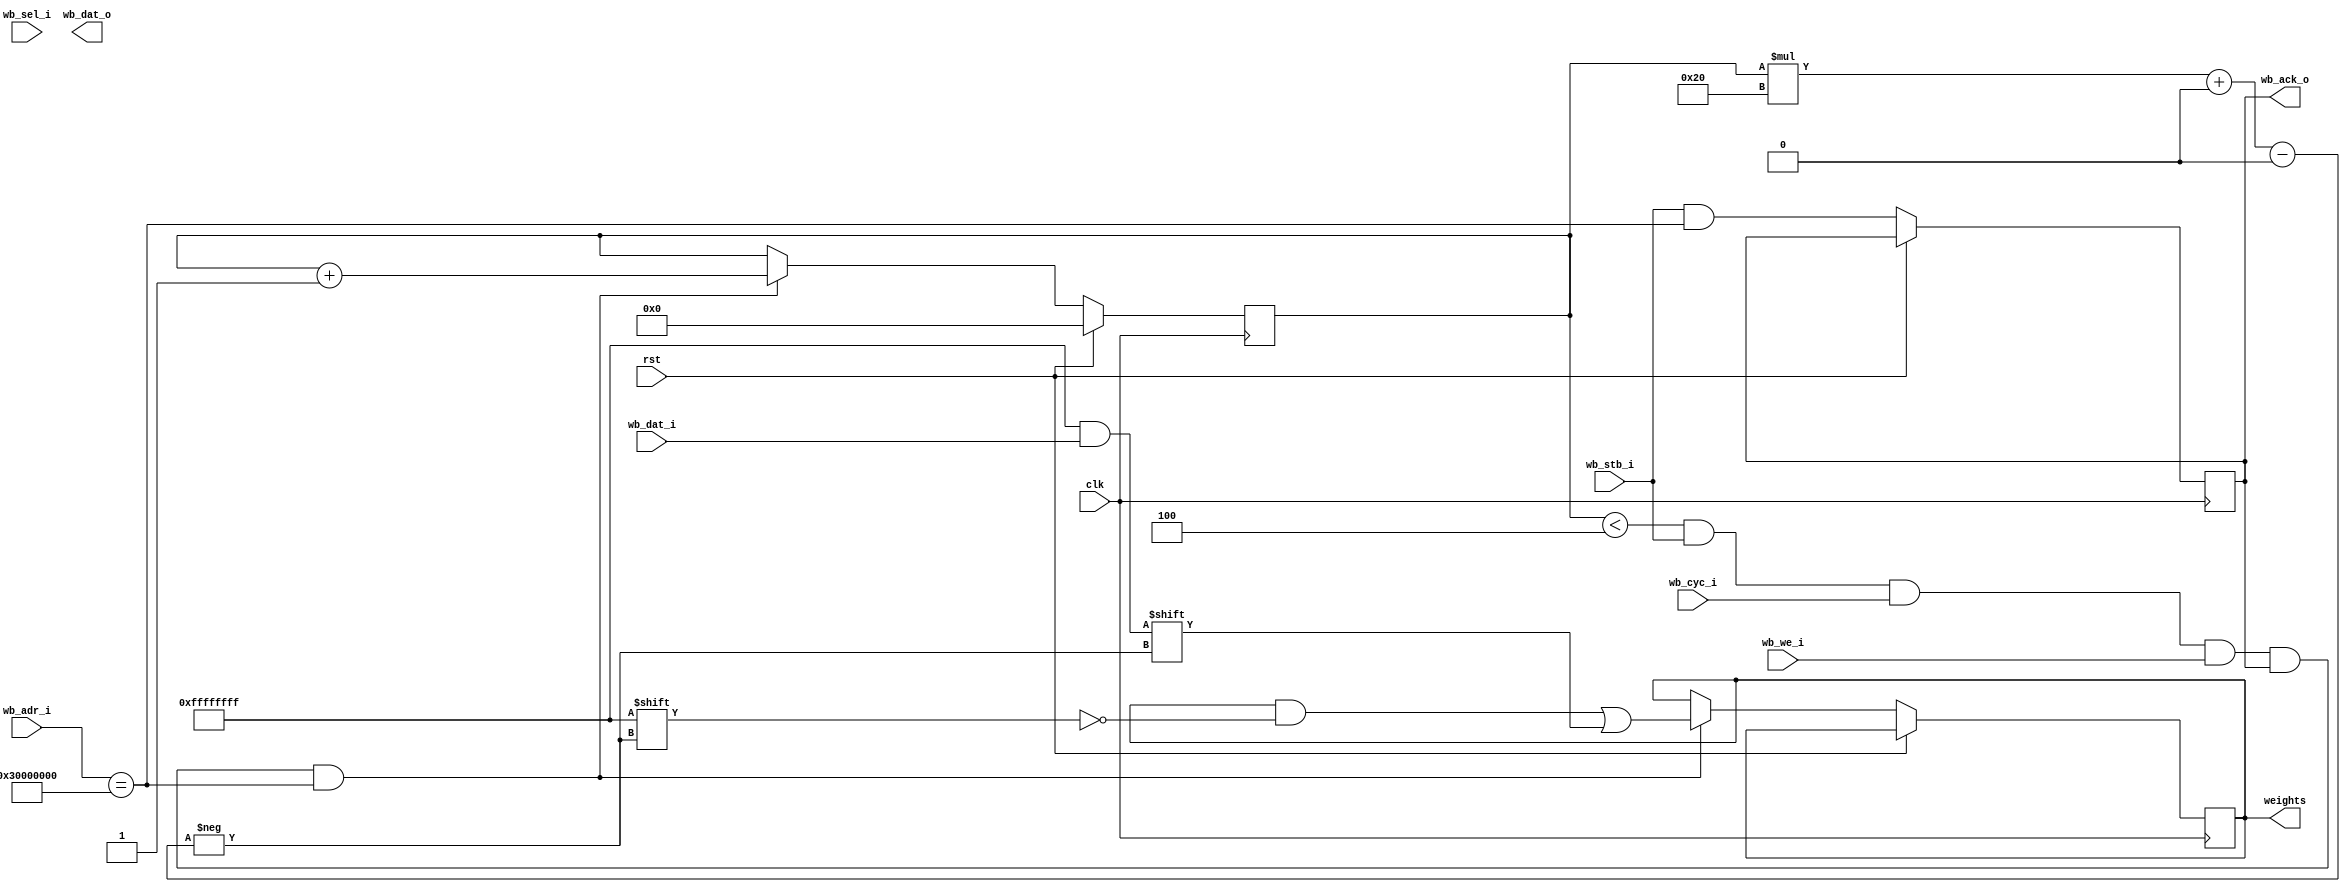
`default_nettype none
`timescale 1ns / 1ps

`define ARRAY_SIZE 3
`define CHANNEL 4
`define INPUT_SIZE 16
`define KERNEL_SIZE 2
module lwei #(
    parameter   [31:0]  BASE_ADDRESS    = 32'h3000_0000        // base address
  )(

    input wire          clk,       // clock, runs at system clock
    input wire          rst,       // main system rst
    input wire          wb_stb_i,       // write strobe
    input wire          wb_cyc_i,       // cycle
    input wire          wb_we_i,        // write enable
    input wire  [3:0]   wb_sel_i,       // write word select
    input wire  [31:0]  wb_dat_i,       // data in
    input wire  [31:0]  wb_adr_i,       // address
    output reg          wb_ack_o,       // ack
    output reg  [31:0]  wb_dat_o,       // data out
    output reg [96:0] weights
  );

  reg [3:0] i;
  reg en;
  // CaravelBus reads

  always @(posedge clk)
  begin
    if(rst)
    begin
      en <=0;
      i<=0;
    end
    else
    begin
      // return ack
      wb_ack_o <= (wb_stb_i && wb_adr_i == BASE_ADDRESS);
      // FSM for systolic array
      if(i < 4 && wb_stb_i && wb_cyc_i && wb_we_i && wb_ack_o && wb_adr_i == BASE_ADDRESS)
      begin
        weights [(i*32)+:32] <= wb_dat_i;
        i <= i + 1;
      end
    end
  end
endmodule